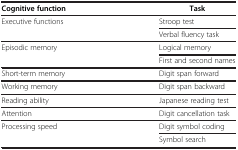
| Cognitive function | Task |
 | --- | --- |
 | Executive functions | Stroop test |
 |  | Verbal fluency task |
 | Episodic memory | Logical memory |
 |  | First and second names |
 | Short-term memory | Digit span forward |
 | Working memory | Digit span backward |
 | Reading ability | Japanese reading test |
 | Attention | Digit cancellation task |
 | Processing speed | Digit symbol coding |
 |  | Symbol search |